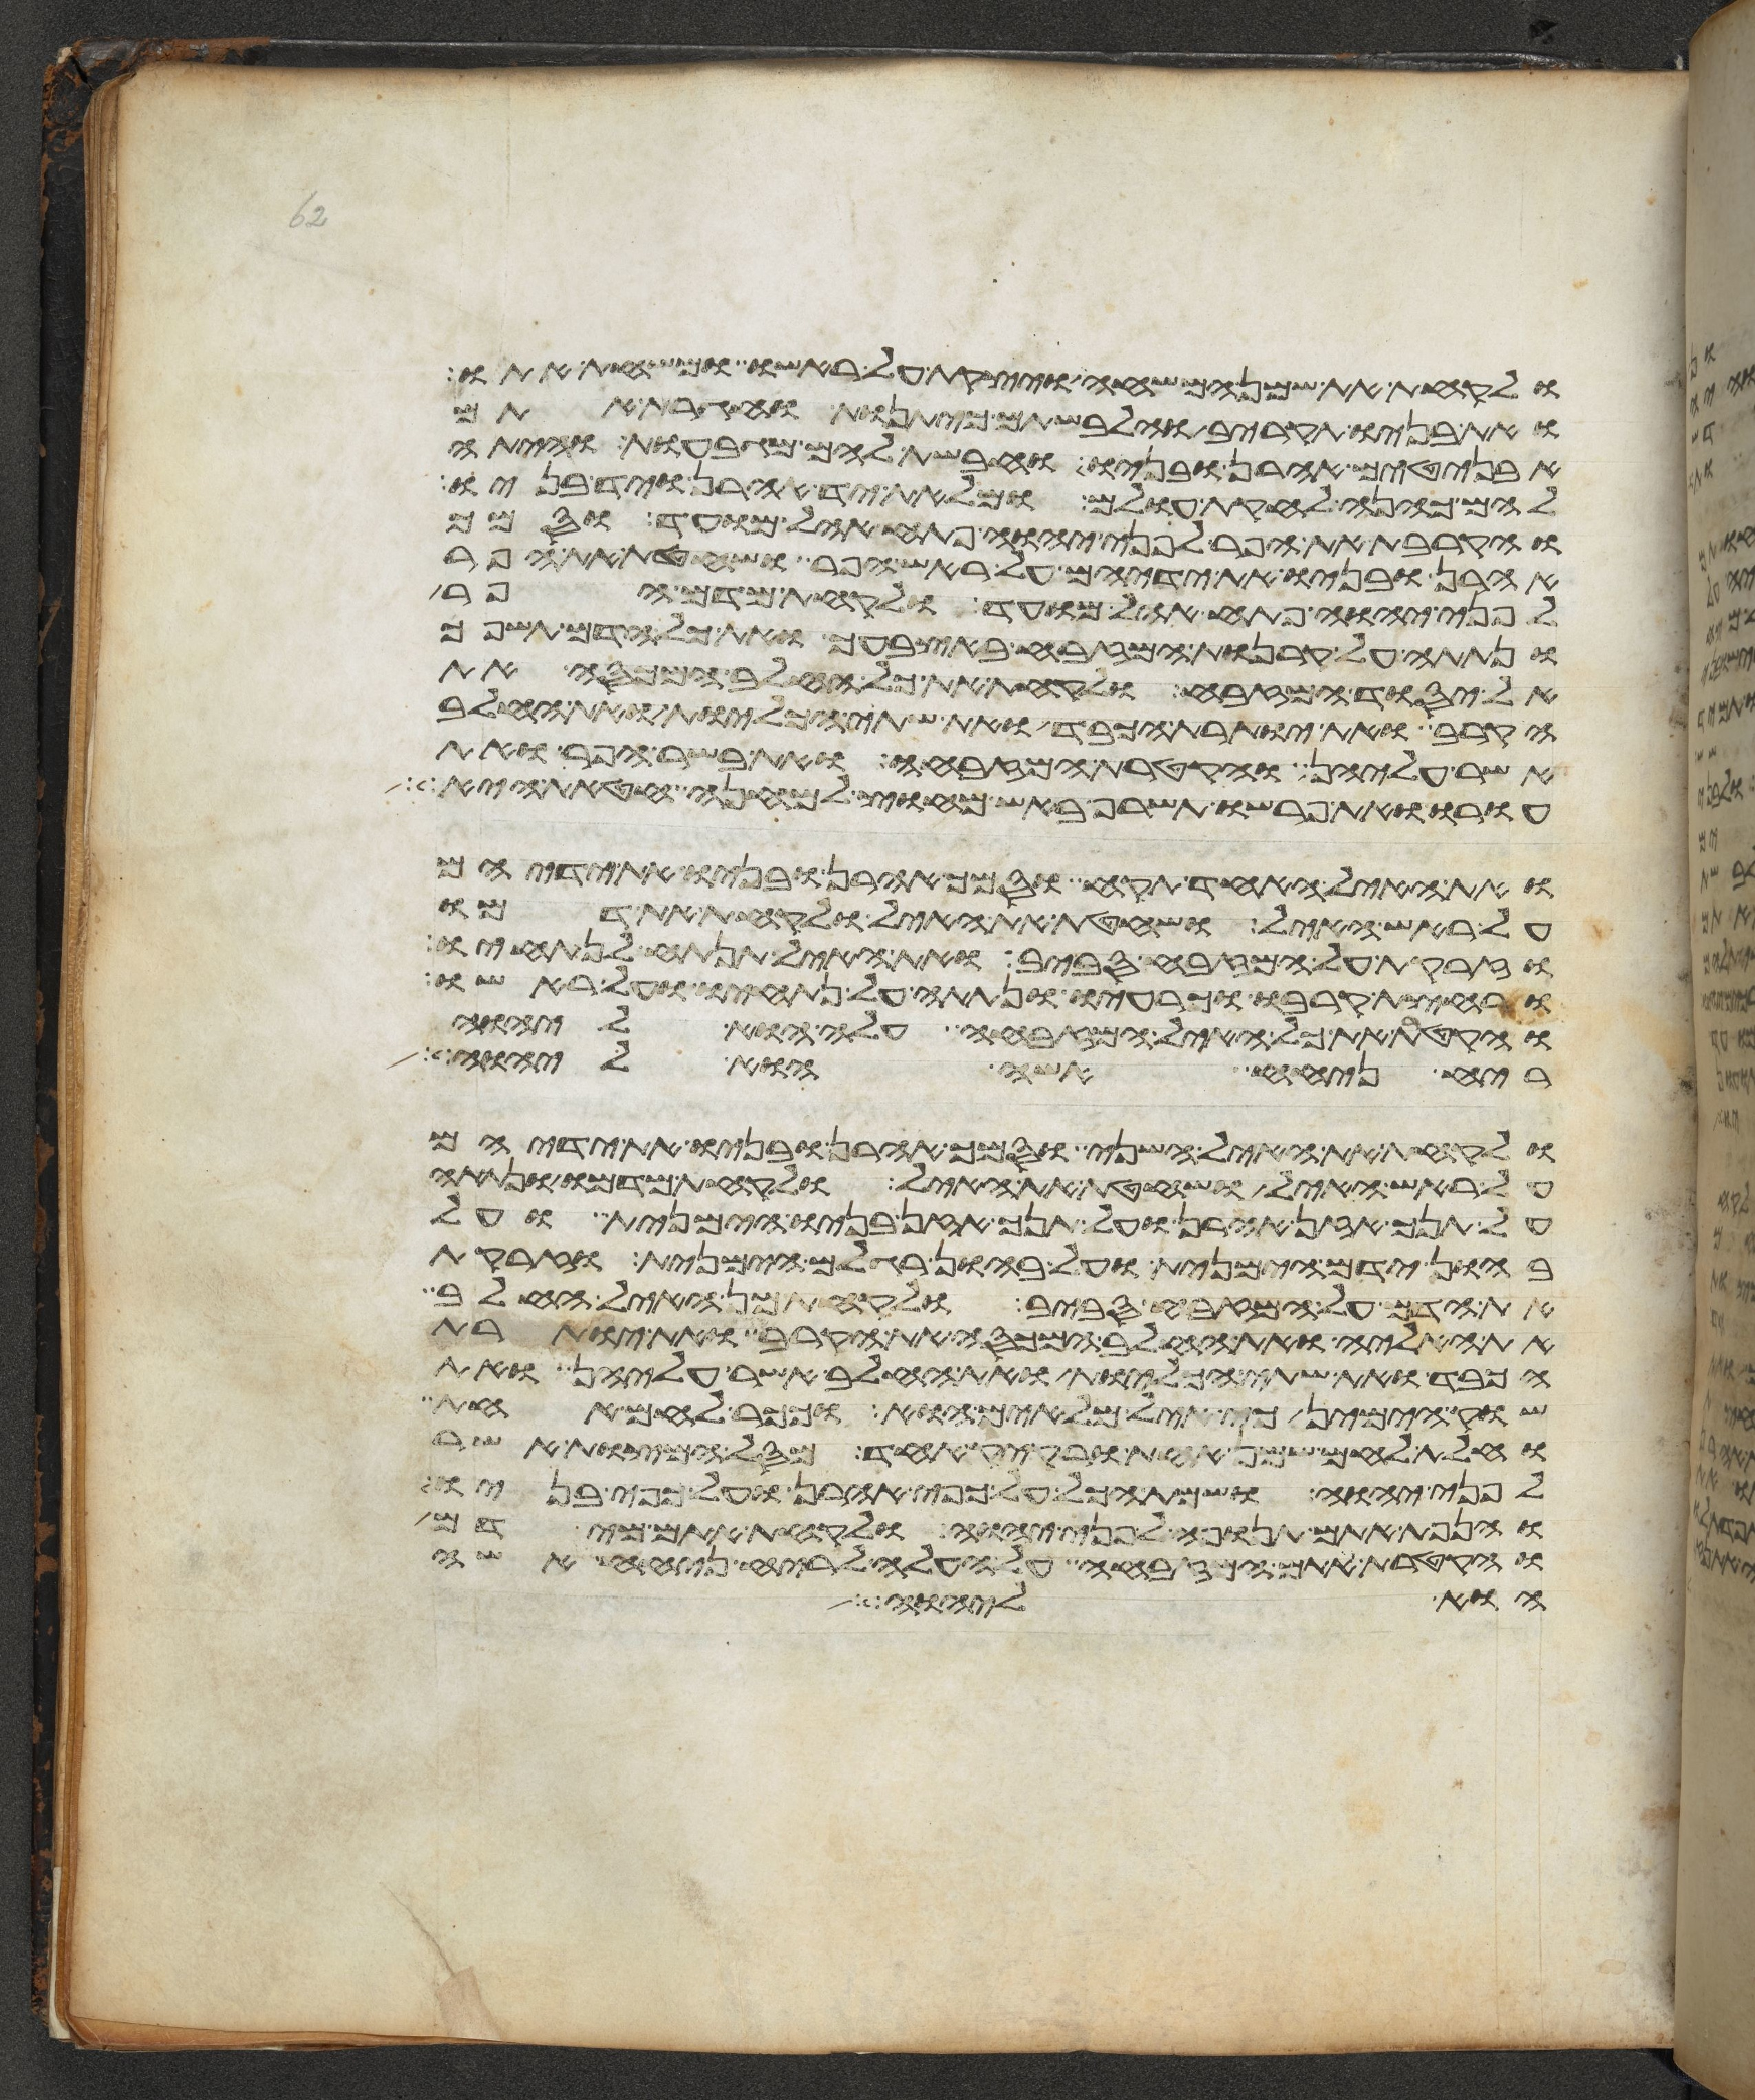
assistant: ולקחת את שמן המשחה ויצקת על ראשו ומשחת אתו
ואת בניו תקריב והלבשתם כיתנות וחגרת אתם
אבניטים אהרן ובניו וחבשת להם מגבעות והיתה
להם כהנה לחקת עולם ומלאת יד אהרן ויד בניו
והקרבת את הפר לפני יהוה פתח אהל מועד וסמך
אהרן ובניו את ידיהם על ראש הפר ושחטת את הפר
לפני יהוה פתח אהל מועד ולקחת מדם הפר
ונתתה על קרנות המזבח באצבעך ואת כל הדם תשפך
אל יסוד המזבח ולקחת את כל החלב המכסה את
הקרב ואת יותרת הכבד ואת שתי הכליות ואת החלב
אשר עליהן והקטרת המזבחה ואת בשר הפר ואת
עורו ואת פרשו תשרף באש מחוץ למחנה חטאת היא
ואת האיל האחד תקח וסמך אהרן ובניו את ידיהם
על ראש האיל ושחטת את האיל ולקחת את דמו
וזרקת על המזבח סביב ואת האיל תנתח לנתחיו
ורחצת קרבו וכרעיו ונתתה על נתחיו ועל ראשו
והקטרת את כל האיל המזבחה עלה הוא ליהוה
ריח ניחח אשה הוא ליהוה
ולקחת את האיל השני וסמך אהרן ובניו את ידיהם
על ראש האיל ושחטת את האיל ולקחת מדמו ונתתה
על תנך אזן אהרן ועל תנך אזן בניו הימנית ועל
בהון ידם הימנית ועל בהון רגלם הימנית וזרקת
את הדם על המזבח סביב ולקחת מן האיל החלב
את האליה ואת החלב המכסה את הקרב ואת יותרת
הכבד ואת שתי הכליות ואת החלב אשר עליהן ואת
שוק הימין כי איל מלאים הוא וככר לחם אחת
וחלת לחם שמן אחת ורקיק אחד מסל המצות אשר
לפני יהוה ושמת הכל על כפי אהרן ועל כפי בניו
והנפת אתם תנופה לפני יהוה ולקחת אתם מידם
והקטרת אתם המזבחה על העלה לריח ניחח אשה
הוא ליהוה